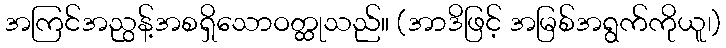
အကြင်အညွန့်အစရှိသောဝတ္ထုသည်။ (အာဒိဖြင့် အမြစ်အရွက်ကိုယူ၊)